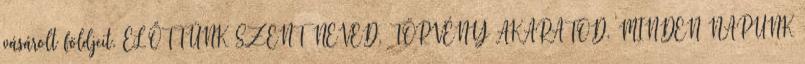
vásárolt földjeit. ELŐTTÜNK SZENT NEVED, TÖRVÉNY AKARATOD. MINDEN NAPUNK